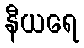
နီယရေ